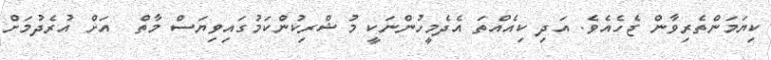
ކިޔަމަންތެރިވާން ޖެހެއެވެ. އަދި ކިއެއްތަ އެދެމީހުންނަކީ މުޝްރިކުންކަމުގައިވިޔަސް މާތް  އަށް އުރެދުމަށް